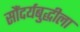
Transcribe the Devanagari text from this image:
सौंदर्यबुद्धीला